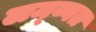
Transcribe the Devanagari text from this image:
लम्ब्वत